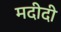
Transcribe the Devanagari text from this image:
मदीदी